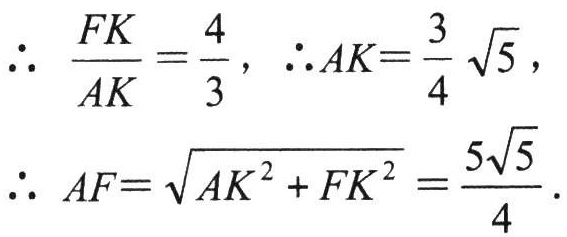
\[\therefore \frac{FK}{AK}=\frac{4}{3},\ \therefore AK = \frac{3}{4}\sqrt{5},\\

\therefore AF=\sqrt{AK^{2}+FK^{2}}=\frac{5\sqrt{5}}{4}.\]